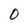
Character: 0